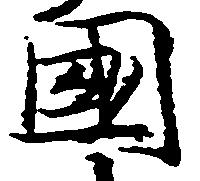
国